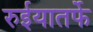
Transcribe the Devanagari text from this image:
रुईयातर्फे